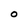
Character: O